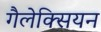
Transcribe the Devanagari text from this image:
गैलेक्सियन